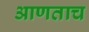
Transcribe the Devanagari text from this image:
आणताच